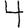
Digit: 4